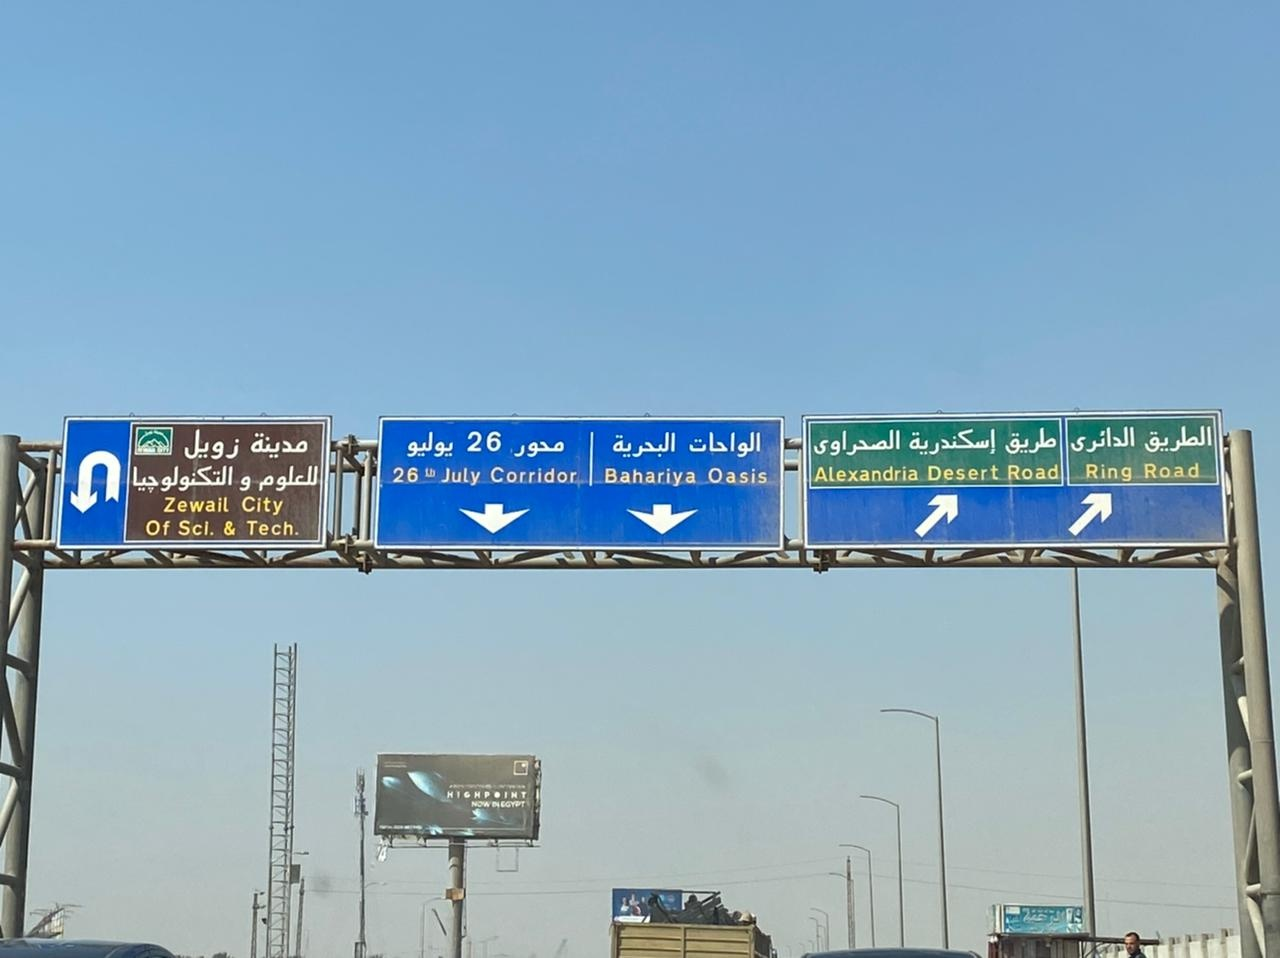
Text in image: الطريق الدائري طريق إسكندرية الصحراوي الواحات مدينة البحرية يوليو زويل محور للعلوم التكنولوجيا و 26 Road Ring Road Desert Alexandria 26 Corridor Oasis July Bahariya